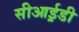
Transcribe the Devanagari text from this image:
सीआई़डी